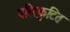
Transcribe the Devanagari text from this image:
परिस्फुटित